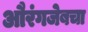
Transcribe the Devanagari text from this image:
औरंगजेबचा